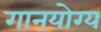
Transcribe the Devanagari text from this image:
गानयोग्य